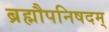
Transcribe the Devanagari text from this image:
ब्रह्मौपनिषदम्